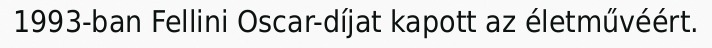
1993-ban Fellini Oscar-díjat kapott az életművéért.